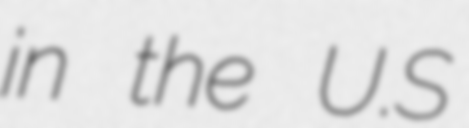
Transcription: in the U.S